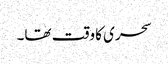
سحری کا وقت تھا۔